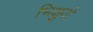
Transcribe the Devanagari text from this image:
भिक्षुयों